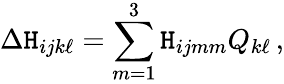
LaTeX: \Delta\mathtt{H}_{ijk\ell}=\sum_{m=1}^{3}\mathtt{H}_{ijmm}Q_{k\ell}\, ,